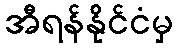
အီရန်နိုင်ငံမှ